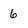
Character: 6